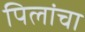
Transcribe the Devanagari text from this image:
पिलांचा